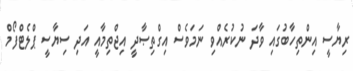
ރިޔާސީ އިންތިހާބުގައި ވާދަ ނުކުރެއްވި ނަމަވެސް އިގްތިޞާދީ އިޖްތިމާއީ އަދި ސިޔާސީ ޕްލެޓްފޯމް